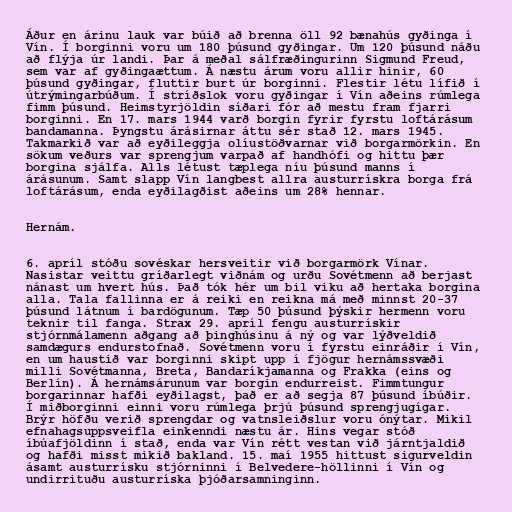
Áður en árinu lauk var búið að brenna öll 92 bænahús gyðinga í
Vín. Í borginni voru um 180 þúsund gyðingar. Um 120 þúsund náðu
að flýja úr landi. Þar á meðal sálfræðingurinn Sigmund Freud,
sem var af gyðingaættum. Á næstu árum voru allir hinir, 60
þúsund gyðingar, fluttir burt úr borginni. Flestir létu lífið í
útrýmingarbúðum. Í stríðslok voru gyðingar í Vín aðeins rúmlega
fimm þúsund. Heimstyrjöldin síðari fór að mestu fram fjarri
borginni. En 17. mars 1944 varð borgin fyrir fyrstu loftárásum
bandamanna. Þyngstu árásirnar áttu sér stað 12. mars 1945.
Takmarkið var að eyðileggja olíustöðvarnar við borgarmörkin. En
sökum veðurs var sprengjum varpað af handhófi og hittu þær
borgina sjálfa. Alls létust tæplega níu þúsund manns í
árásunum. Samt slapp Vín langbest allra austurrískra borga frá
loftárásum, enda eyðilagðist aðeins um 28% hennar.

Hernám.

6. apríl stóðu sovéskar hersveitir við borgarmörk Vínar.
Nasistar veittu gríðarlegt viðnám og urðu Sovétmenn að berjast
nánast um hvert hús. Það tók hér um bil viku að hertaka borgina
alla. Tala fallinna er á reiki en reikna má með minnst 20-37
þúsund látnum í bardögunum. Tæp 50 þúsund þýskir hermenn voru
teknir til fanga. Strax 29. apríl fengu austurrískir
stjórnmálamenn aðgang að þinghúsinu á ný og var lýðveldið
samdægurs endurstofnað. Sovétmenn voru í fyrstu einráðir í Vín,
en um haustið var borginni skipt upp í fjögur hernámssvæði
milli Sovétmanna, Breta, Bandaríkjamanna og Frakka (eins og
Berlín). Á hernámsárunum var borgin endurreist. Fimmtungur
borgarinnar hafði eyðilagst, það er að segja 87 þúsund íbúðir.
Í miðborginni einni voru rúmlega þrjú þúsund sprengjugígar.
Brýr höfðu verið sprengdar og vatnsleiðslur voru ónýtar. Mikil
efnahagsuppsveifla einkenndi næstu ár. Hins vegar stóð
íbúafjöldinn í stað, enda var Vín rétt vestan við járntjaldið
og hafði misst mikið bakland. 15. maí 1955 hittust sigurveldin
ásamt austurrísku stjórninni í Belvedere-höllinni í Vín og
undirrituðu austurríska þjóðarsamninginn.